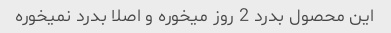
این محصول بدرد 2 روز میخوره و اصلا بدرد نمیخوره